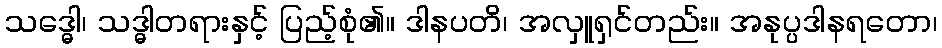
သဒ္ဓေါ၊ သဒ္ဓါတရားနှင့် ပြည့်စုံ၏။ ဒါနပတိ၊ အလှူရှင်တည်း။ အနုပ္ပဒါနရတော၊